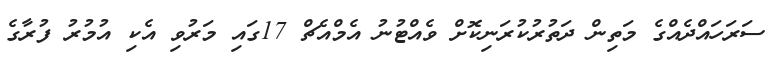
ސަރަހައްދެއްގެ މަތިން ދަތުރުކުރަނިކޮށް ވެއްޓުނު އެމްއެޗް 17ގައި މަރުވި އެކި އުމުރު ފުރާގެ